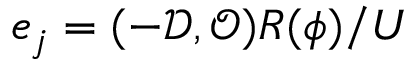
\boldsymbol { e } _ { j } = ( - \mathcal { D } , \mathcal { O } ) R ( \phi ) / U